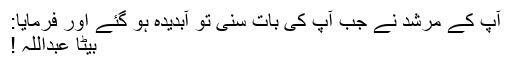
آپ کے مرشد نے جب آپ کی بات سنی تو آبدیدہ ہو گئے اور فرمایا:
بیٹا عبداللہ !